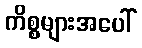
ကိစ္စများအပေါ်